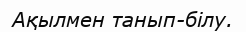
Ақылмен танып-білу.